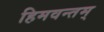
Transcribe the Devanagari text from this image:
हिमवन्तम्